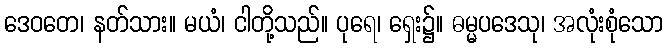
ဒေဝတေ၊ နတ်သား။ မယံ၊ ငါတို့သည်။ ပုရေ၊ ရှေး၌။ ဓမ္မပဒေသု၊ အလုံးစုံသော